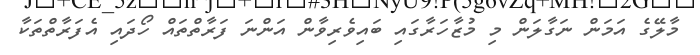
މާލޭގެ އަމަން ނަގާލަން މި މުޒާހަރާގައި ބައިވެރިވާން އަންނަ ފަރާތްތައް ހޯދައި އެފަރާތްތަކާ